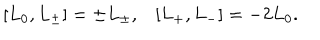
LaTeX: [ L _ { 0 } , L _ { \pm } ] = \pm L _ { \pm } , [ L _ { + } , L _ { - } ] = - 2 L _ { 0 } .